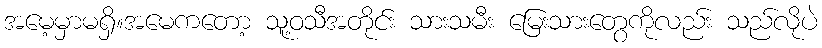
အမေ့မှာမရှိ။အမေကတော့ သူ့ဝသီအတိုင်း သားသမီး မြေးသားတွေကိုလည်း သည်လိုပဲ